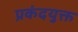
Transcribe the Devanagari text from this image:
प्रकंदयुक्त